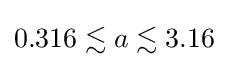
0.316\lesssim a\lesssim 3.16